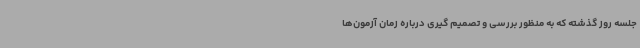
جلسه روز گذشته که به منظور بررسی و تصمیم گیری درباره زمان آزمون‌ها